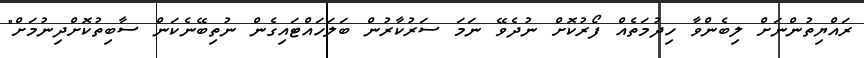
ރައްޔިތުންނަށް ލިބެންވާ ހިދުމަތެއް ފޯރުކޮށް ނުދެވޭ ނަމަ ސަރުކާރުން ބަލަހައްޓައިގެން ނުތިބޭނެކަން ސާބިތުކޮށްދިނުމަށް"